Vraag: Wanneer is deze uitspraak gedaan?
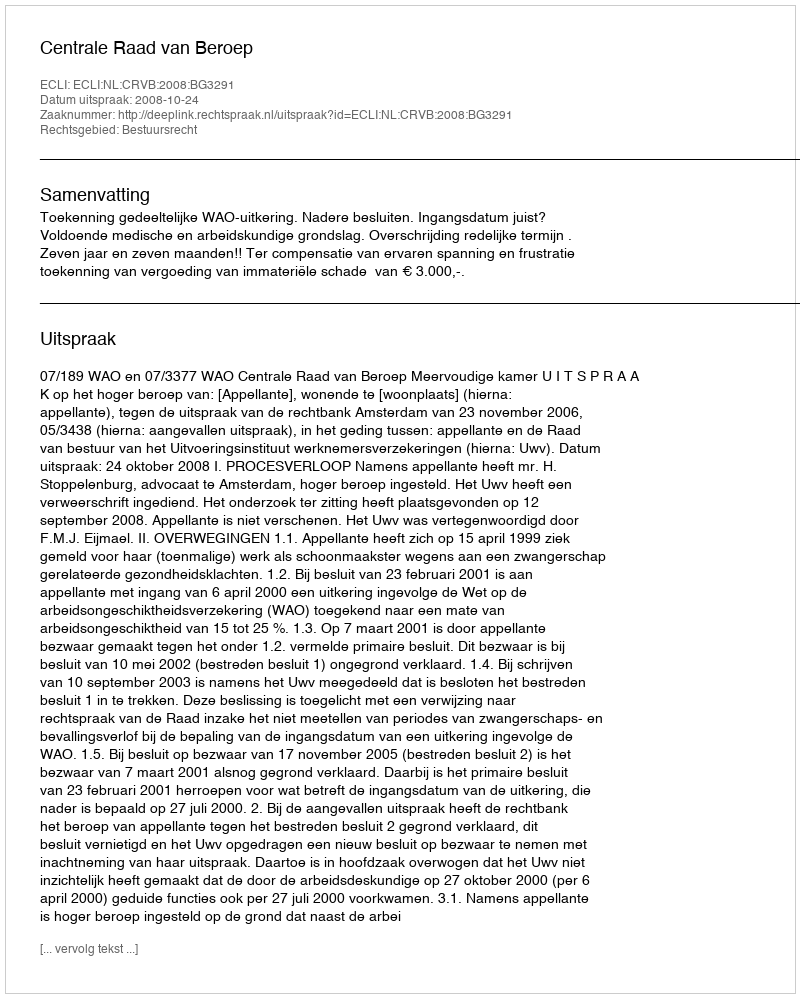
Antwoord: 2008-10-24